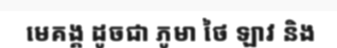
មេគង្គ ដូចជា ភូមា ថៃ ឡាវ និង